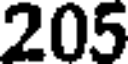
205